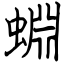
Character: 蜵